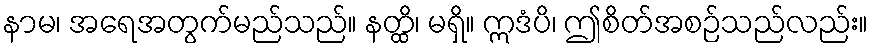
နာမ၊ အရေအတွက်မည်သည်။ နတ္ထိ၊ မရှိ။ ဣဒံပိ၊ ဤစိတ်အစဉ်သည်လည်း။